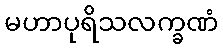
မဟာပုရိသလက္ခဏံ